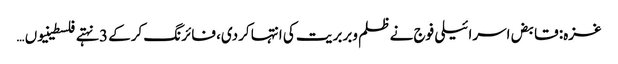
غزہ: قابض اسرائیلی فوج نے ظلم وبربریت کی انتہا کردی، فائرنگ کرکے 3 نہتے فلسطینیوں …